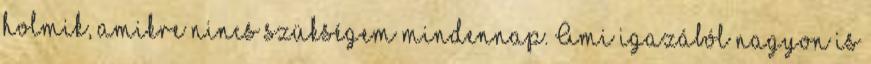
holmik, amikre nincs szükségem mindennap. Ami igazából nagyon is